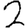
Digit: 2